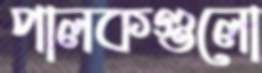
পালকগুলো